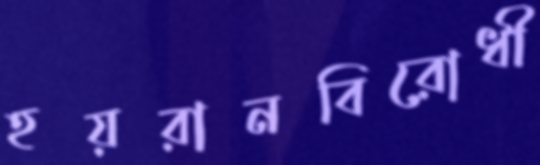
হয়রানবিরোধী